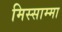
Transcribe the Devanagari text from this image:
मिस्साम्मा